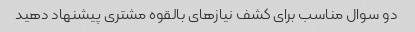
دو سوال مناسب برای کشف نیازهای بالقوه مشتری پیشنهاد دهید